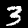
Digit: 3